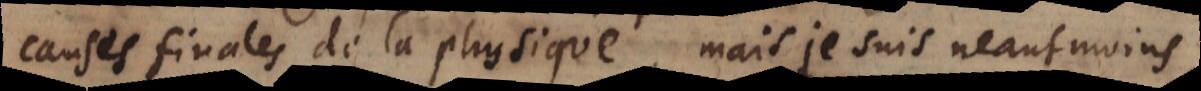
causes finales de la physique, mais je suis neantmoins